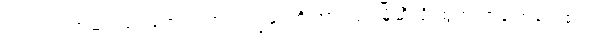
ဂွဒ်လည်းအဆင်သင့်ရောက်လာ၍ ကျွန်ုပ်တို့ အားလုံး မြို့ဆီသို့ ထွက်လာခဲ့ကြလေ၏။